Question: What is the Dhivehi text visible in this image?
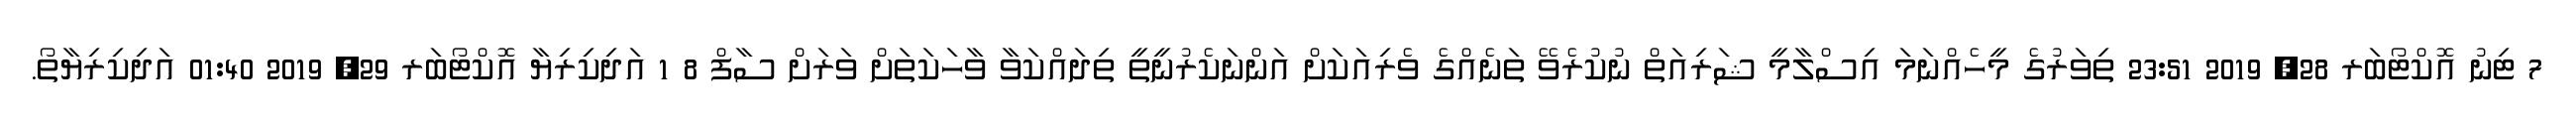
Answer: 7 ޓިނު އޮކްޓޯބަރ 28, 2019 23:51 ތިވަރުގެ މީހެއްނަމަ އިސްލާމީ ޝަރިއަތް ނުކުރެވޭ ތަނެއްގެ ވެރިއަކަށް އަންނަކެރުނީތީ ތިދައްކަވާ ވާހަކަތަށް ވަރަށް ސާފް 8 1 އަދިކިރިޔާ އޮކްޓޯބަރ 29, 2019 01:40 އަދިކިރިޔާތޯ.